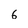
Character: 6